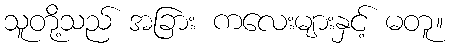
သူတို့သည် အခြား ကလေးများနှင့် မတူ။